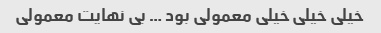
خیلی خیلی خیلی معمولی بود … بی نهایت معمولی